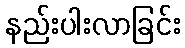
နည်းပါးလာခြင်း